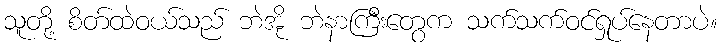
သူတို့ စိတ်ထဲဝယ်သည် ဘဲအို ဘဲနာကြီးတွေက သက်သက်ဝင်ရှုပ်နေတာပဲ။